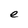
Character: e